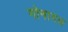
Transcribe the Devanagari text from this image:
गोनागल